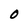
Character: O